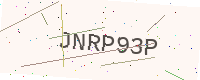
Text: JNRP93P